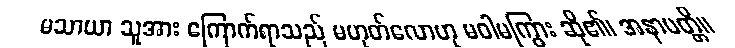
မသာယာ သူအား ကြောက်ရာသည် မဟုတ်လောဟု မဝါမကြွား ဆို၏၊ အနာပတ္တိ။